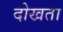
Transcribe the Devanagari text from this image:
दोखता